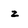
Character: z